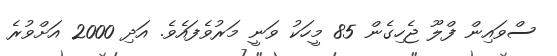
ސްވައިން ފްލޫ ޖެހިގެން 85 މީހަކު ވަނީ މަރުވެފައެވެ. އަދި 2000 އަށްވުރެ